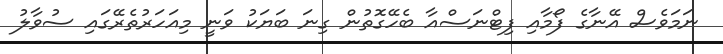
ނަމަވެސް އޭނާގެ ފޯމާއި ފިޓްނަސްއާ ބެހޭގޮތުން ގިނަ ބަޔަކު ވަނީ މިއަހަރުތެރޭގައި ސުވާލު